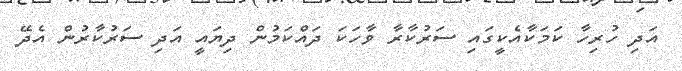
އަދި ހުރިހާ ކަމަކާއެކީގައި ސަރުކާރާ ވާހަކަ ދައްކަމުން ދިޔައީ އަދި ސަރުކާރުން އެދޭ